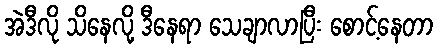
အဲဒီလို သိနေလို့ ဒီနေရာ သေချာလာပြီး စောင့်နေတာ